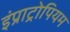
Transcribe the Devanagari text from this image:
इंप्राट्रोपियम